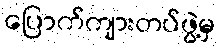
ပြောက်ကျားတပ်ဖွဲ့မှ